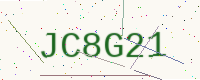
Text: JC8G21